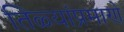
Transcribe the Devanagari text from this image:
तिळ्यांप्रमाणे